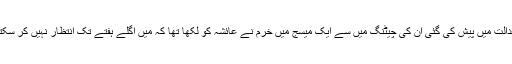
عدالت میں پیش کی گئی ان کی چیٹنگ میں سے ایک میسج میں خرم نے عائشہ کو لکھا تھا کہ میں اگلے ہفتے تک انتظار نہیں کر سکتا۔